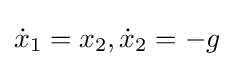
{\dot {x}}_{1}=x_{2},{\dot {x}}_{2}=-g